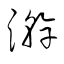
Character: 澣